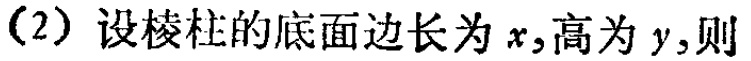
(2) 设棱柱的底面边长为 \(x\),高为 \(y\),则